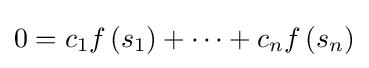
0=c_{1}f\left(s_{1}\right)+\cdots +c_{n}f\left(s_{n}\right)